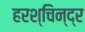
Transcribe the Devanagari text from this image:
हरश्चिन्द्र